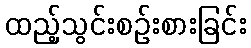
ထည့်သွင်းစဉ်းစားခြင်း